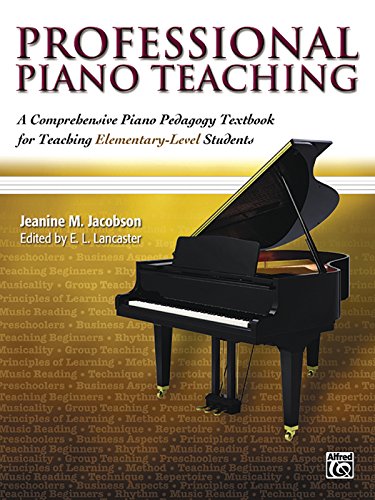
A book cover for Professional Piano Teaching: A Comprehensive Piano Pedagogy Textbook for Teaching Elementary-Level Students; Jeanine Jacobson; Arts & Photography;